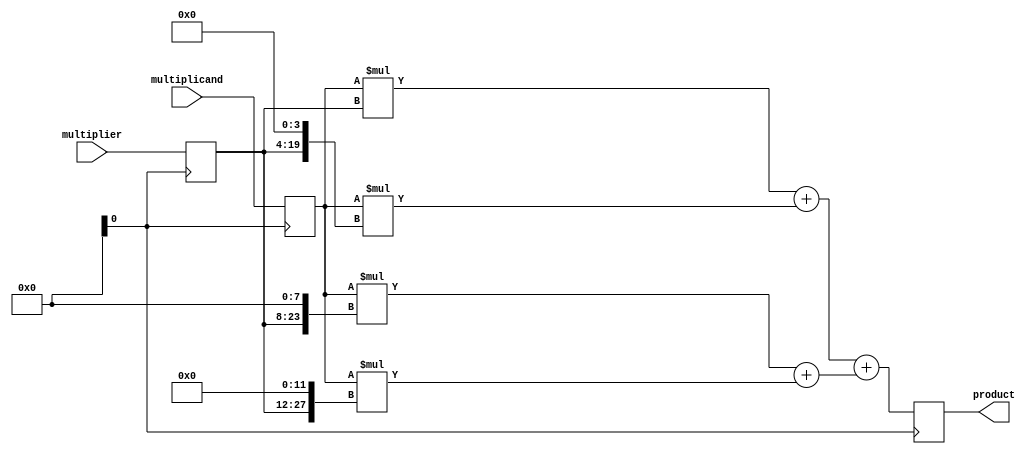
module Radix4_Multiplier (
input wire [15:0] multiplicand,
input wire [15:0] multiplier,
output reg [31:0] product
);

reg [31:0] partial_products [3:0];
reg [31:0] final_sum;

// Input registers for multiplicand and multiplier
reg [15:0] multiplicand_reg;
reg [15:0] multiplier_reg;

always @(posedge clk) begin
   multiplicand_reg <= multiplicand;
   multiplier_reg <= multiplier;
end

// Booth encoding logic
reg [1:0] count;
always @* begin
   case ({multiplier_reg[15], multiplier_reg[14]})
      2'b00: count = 2'b00;
      2'b01: count = 2'b01;
      2'b10: count = 2'b01;
      2'b11: count = 2'b11;
   endcase
end

// Partial product generation
integer i, j;
always @* begin
   for (i = 0; i < 4; i = i + 1) begin
      partial_products[i] = multiplicand_reg * (multiplier_reg << (i*4));
   end
end

// Wallace tree reduction
reg [31:0] temp_sum1, temp_sum2;
always @* begin
   temp_sum1 = partial_products[0] + partial_products[1];
   temp_sum2 = partial_products[2] + partial_products[3];
   final_sum = temp_sum1 + temp_sum2;
end

// Output register
always @(posedge clk) begin
   product <= final_sum;
end

endmodule